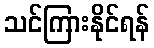
သင်ကြားနိုင်ရန်